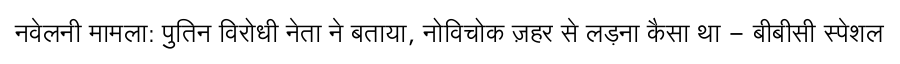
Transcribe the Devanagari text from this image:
नवेलनी मामला: पुतिन विरोधी नेता ने बताया, नोविचोक ज़हर से लड़ना कैसा था - बीबीसी स्पेशल